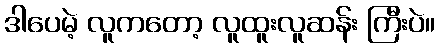
ဒါပေမဲ့ လူကတော့ လူထူးလူဆန်း ကြီးပဲ။